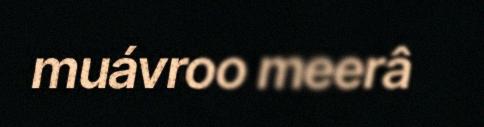
muávroo meerâ